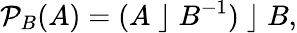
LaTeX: {\mathcal{P}}_{B}(A)=(A\; \rfloor\; B^{-1})\; \rfloor\; B,